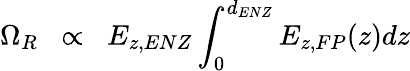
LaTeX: \Omega_{R}\; \; \propto\; \; E_{z,ENZ}\int_{0}^{d_{ENZ}}E_{z,FP}(z)dz